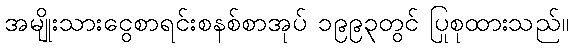
အမျိုးသားငွေစာရင်းစနစ်စာအုပ် ၁၉၉၃တွင် ပြုစုထားသည်။